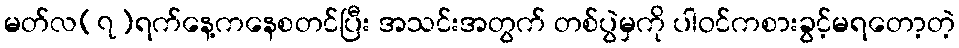
မတ်လ(၇)ရက်နေ့ကနေစတင်ပြီး အသင်းအတွက် တစ်ပွဲမှကို ပါဝင်ကစားခွင့်မရတော့တဲ့